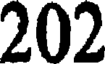
202